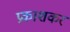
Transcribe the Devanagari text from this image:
प्रकाशकर